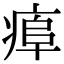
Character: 𤷎